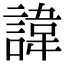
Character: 諱